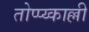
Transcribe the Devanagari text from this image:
तोप्प्य्काल्ली